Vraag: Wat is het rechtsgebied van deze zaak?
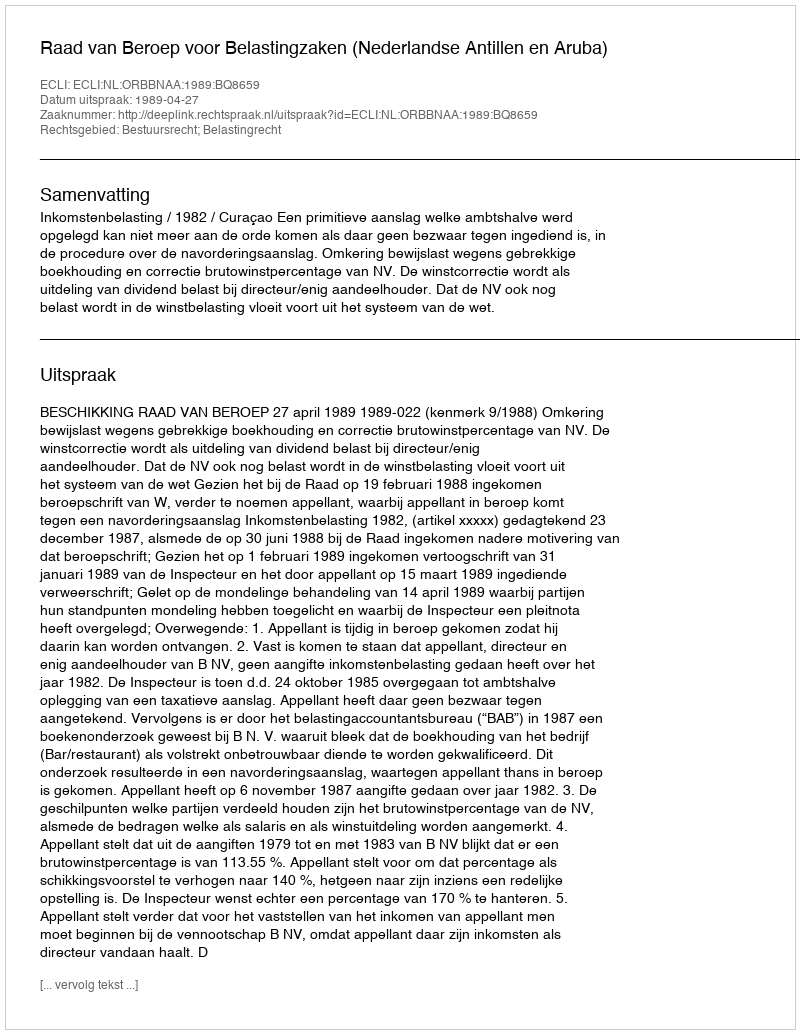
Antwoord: Bestuursrecht; Belastingrecht